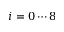
i = 0 \cdots 8